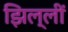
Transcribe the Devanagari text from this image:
झिल्लीं